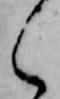
之